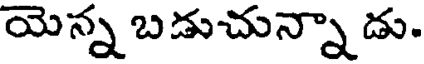
యెన్న బడుచున్నా డు.